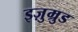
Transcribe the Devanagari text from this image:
इज़ुम्रुड